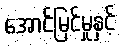
အောင်မြင်မှုနှင့်